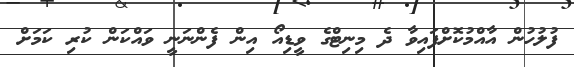
ފުލުހުން އާއްމުކޮށްފައިވާ ދެ މިނިޓްގެ ވީޑިއޯ އިން ފެންނަނީ ވައްކަން ކުރި ކަމަށް